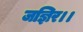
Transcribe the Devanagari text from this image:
जज्ञिर।।